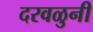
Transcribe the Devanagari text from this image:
दरवळुनी